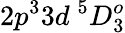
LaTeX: {2p^{3}3d~^{5}D_{3}^{o}}